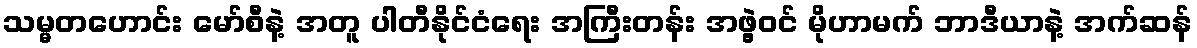
သမ္မတဟောင်း မော်စီနဲ့ အတူ ပါတီနိုင်ငံရေး အကြီးတန်း အဖွဲ့ဝင် မိုဟာမက် ဘာဒီယာနဲ့ အက်ဆန်